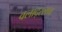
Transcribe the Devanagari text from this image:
वलाद्स्लाव